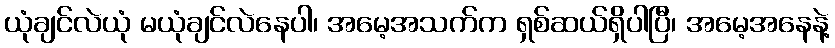
ယုံချင်လဲယုံ မယုံချင်လဲနေပါ၊ အမေ့အသက်က ရှစ်ဆယ်ရှိပါပြီ၊ အမေ့အနေနဲ့